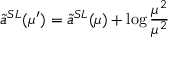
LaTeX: \tilde { a } ^ { S L } ( \mu ^ { \prime } ) = \tilde { a } ^ { S L } ( \mu ) + \log \frac { \mu ^ { 2 } } { \mu ^ { 2 } }